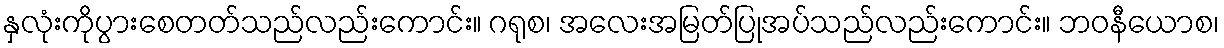
နှလုံးကိုပွားစေတတ်သည်လည်းကောင်း။ ဂရုစ၊ အလေးအမြတ်ပြုအပ်သည်လည်းကောင်း။ ဘဝနီယောစ၊